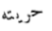
حريته